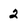
Character: 2